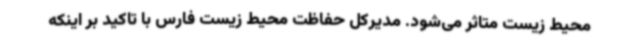
محیط زیست متاثر می‌شود. مدیرکل حفاظت محیط زیست فارس با تاکید بر اینکه